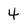
Character: 4